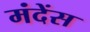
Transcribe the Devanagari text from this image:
मंदेंस